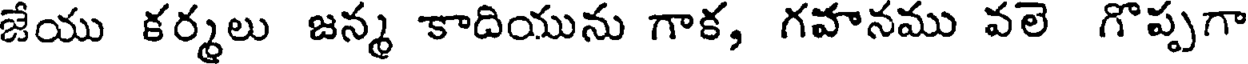
జేయు కర్మలు జన్మ కాదియును గాక, గవానము వలె గొప్పగా